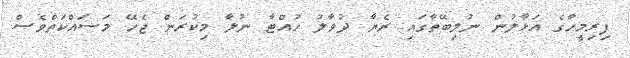
ފިރިމީހާގެ އަޅާލުން ނުލިބޭތާގައި ރެޔާ ދުވާލު ހުއްޓާ ނުލާ މިކުރަން ޖެހޭ މަސައްކަތްވެސް